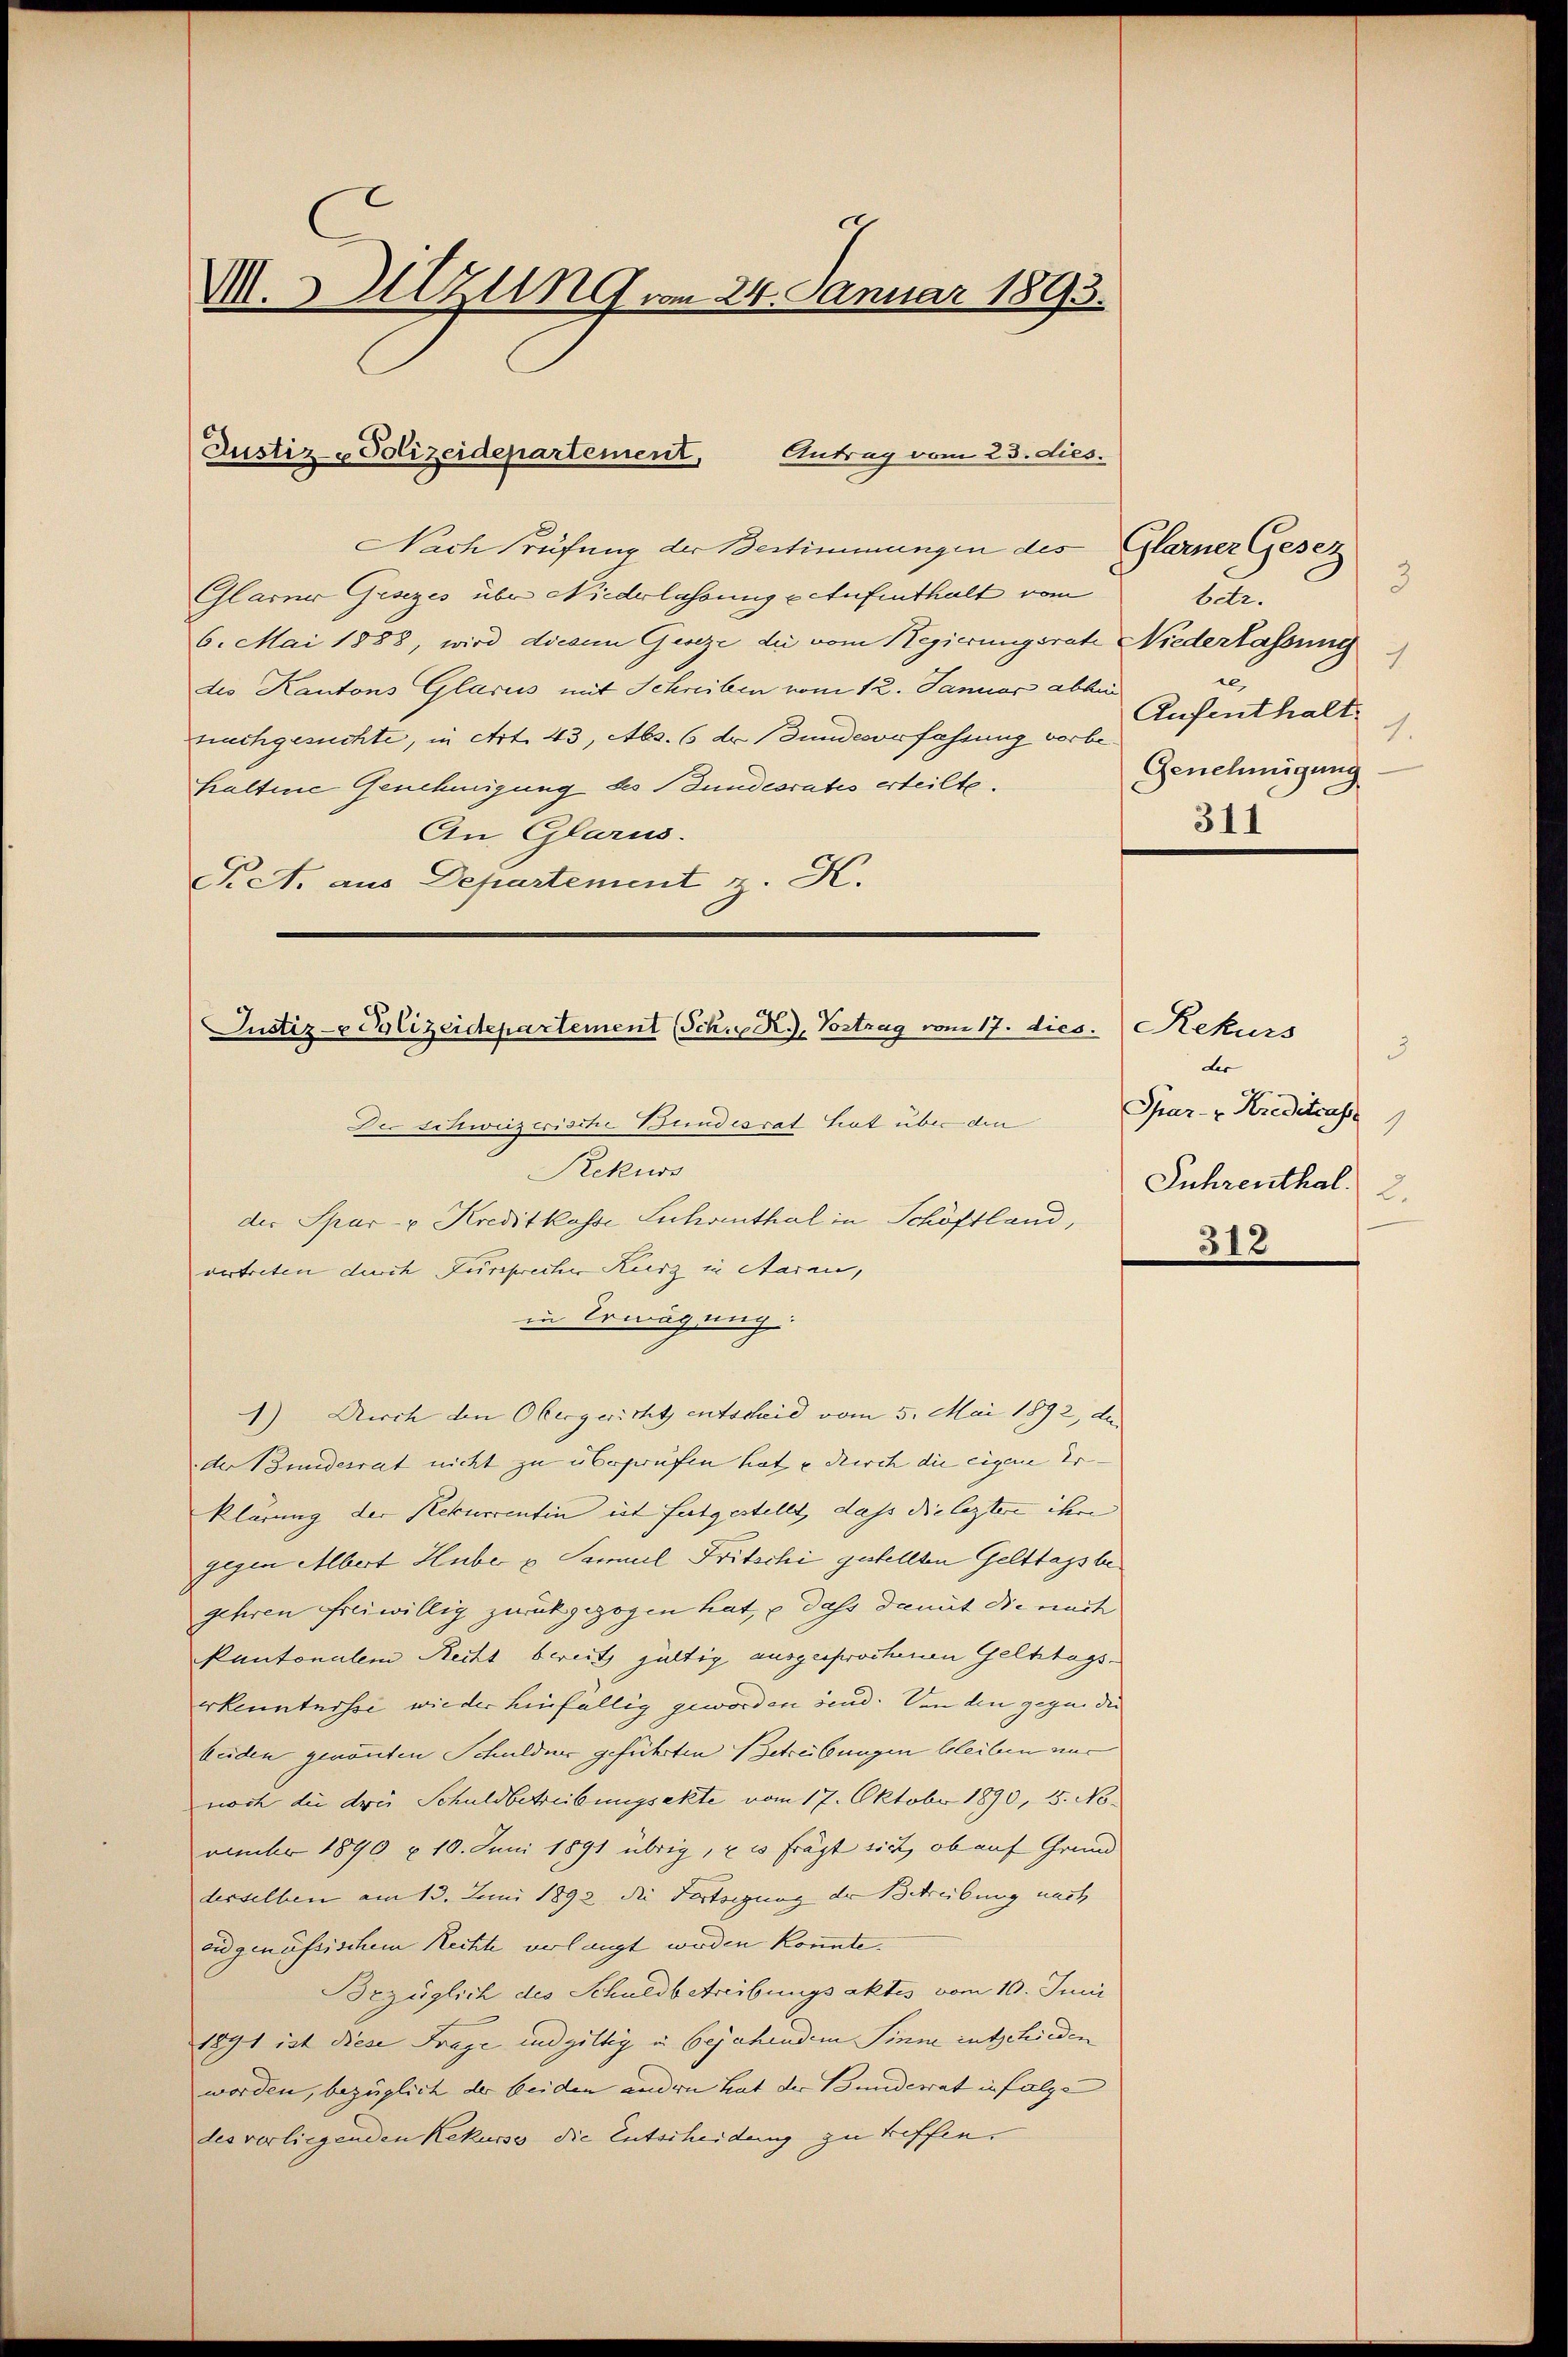
M. Sitzung vom 24. Januar 1893.

Justiz-Polizeidepartement,
Antrag vom 23. dies.

Nach Prüfung der Bestimmungen des Glarner Gesez
Glarner Gesezes über Niederlassung getufenthalt vom
6. Mai 1888, wird dieann Geseze die vom Regierungsrate Niederlassung
des Kantons Glarus mit Schreiben vom 12. Januar abhin
nachgesuchte, in Art. 43, Abs. 6 dr Bundesverfassung vorbehaltene Genehmigung des Bundesrates erteilte.
An Glarus.
N. A. aus Departement z. K.

Justiz- & Polizeidepartement (Sch. R., Vortrug vom 17. dies. Rekurs

Der schweizerische Bundesrat hat über den Spar- u. Kreditcass
Rekurs
der Spar- u. Kreditkasse Sichenthal in Schöffland,
vertreten durch Furchrecher Kurz in Aarau,
in Erwägung:
1) Auch den Obergericht entscheid vom 5. Mai 1892, de
der Bundesrat nicht zu überlaufen hat u durch die eigene Er
klärung der Rekurrentin est festgestellt, dass die leztere ihre
gegen Albert Huber u. Samuel Fritschi gestellten Gelttagste
gehren filiwillig zurückgezogen hat, – dass damit die nach
Kantonalem Recht bereit gültig ausgesprochenen Geldtagserkenntnisse wieder hinfällig geworden sind. Von den gegen die
buden genannten Schuldner geführten Betreibungen bleiben nur
noch die drei Schuldbetreibungsekte vom 17. Oktobr 1890, 5. No.
vember 1890 u. 10. Juni 1891 übrig, u es frägt sich, ob auf Grund
desselben am 13. Juni 1892 die Fortigung der Betreibung nach
vid genössischem Rechte verlangt werden könnte.
Brzüglich des Schuldbetreibungsaktes vom 10. Juni
1891 ist diese Frage und giltig in bejahendem Sinne entschieden
worden, bezüglich der beiden andern hat der Bunderat in folge
des verliegenden Rekurse die Entscheidung zu treffen.

3
betr.
1
te
Aufenthalt.
1.
Genehmigung
311

3
der
1
Juhrenthal.
2.
312